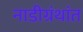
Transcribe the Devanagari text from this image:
नाडीग्रंथांत